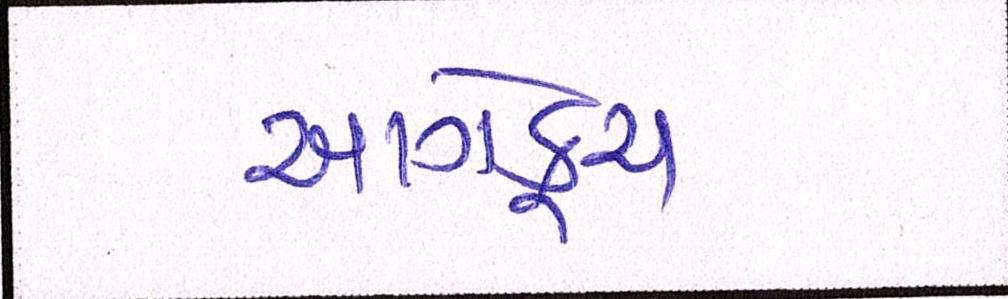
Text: આગેકૂચ